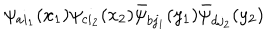
\psi _ { a i _ { 1 } } ( x _ { 1 } ) \psi _ { c i _ { 2 } } ( x _ { 2 } ) \bar { \psi } _ { b j _ { 1 } } ( y _ { 1 } ) \bar { \psi } _ { d j _ { 2 } } ( y _ { 2 } )